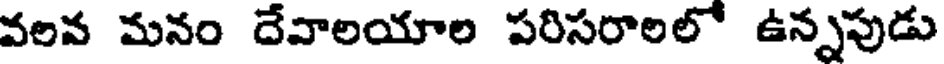
వలన మనం దేవాలయాల పరిసరాలలో ఉన్నపుడు